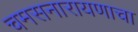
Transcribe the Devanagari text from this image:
चमसनारायणाचा